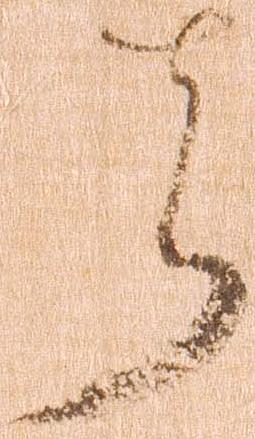
者